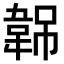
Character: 𬰭